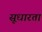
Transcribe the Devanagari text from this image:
सूधारता